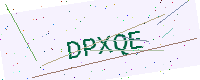
Text: DPXQE